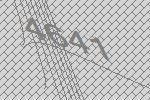
4641